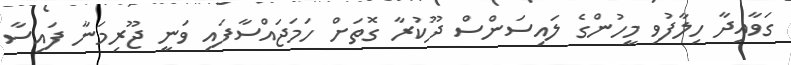
ގަވާއިދާ ހިލާފުވި މީހުންގެ ލައިސަންސް ދޫކުރާ ގޮތަށް ހަމަޖައްސާފައި ވަނީ ޖޫރިމަނާ ފައިސާ